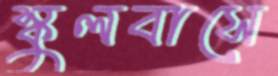
স্কুলবাসে